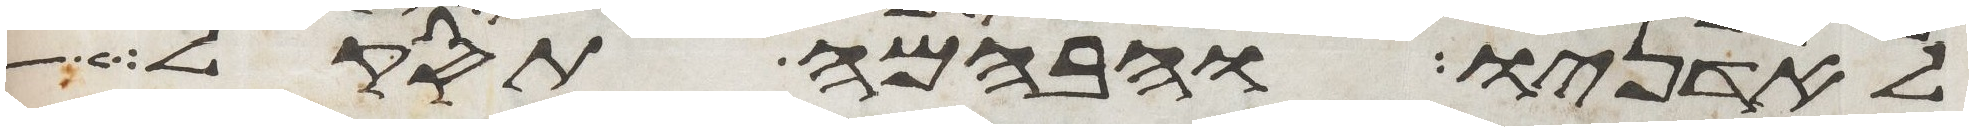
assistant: לאדניו והבהמה תסקל